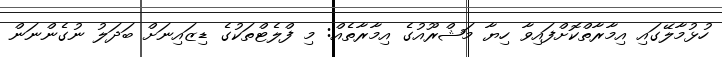
ހުޅުމާލޭގައި އިމާރާތްކޮށްފައިވާ ހިޔާ މަޝްރޫއުގެ އިމާރާތެއް: މި ފްލެޓްތަކުގެ ޑިޒައިނަށް ބަދަލު ނުގެންނަން